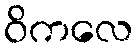
ဝိကလေ